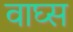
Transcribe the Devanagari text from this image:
वाघ्स